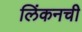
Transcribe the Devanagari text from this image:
लिंकनची